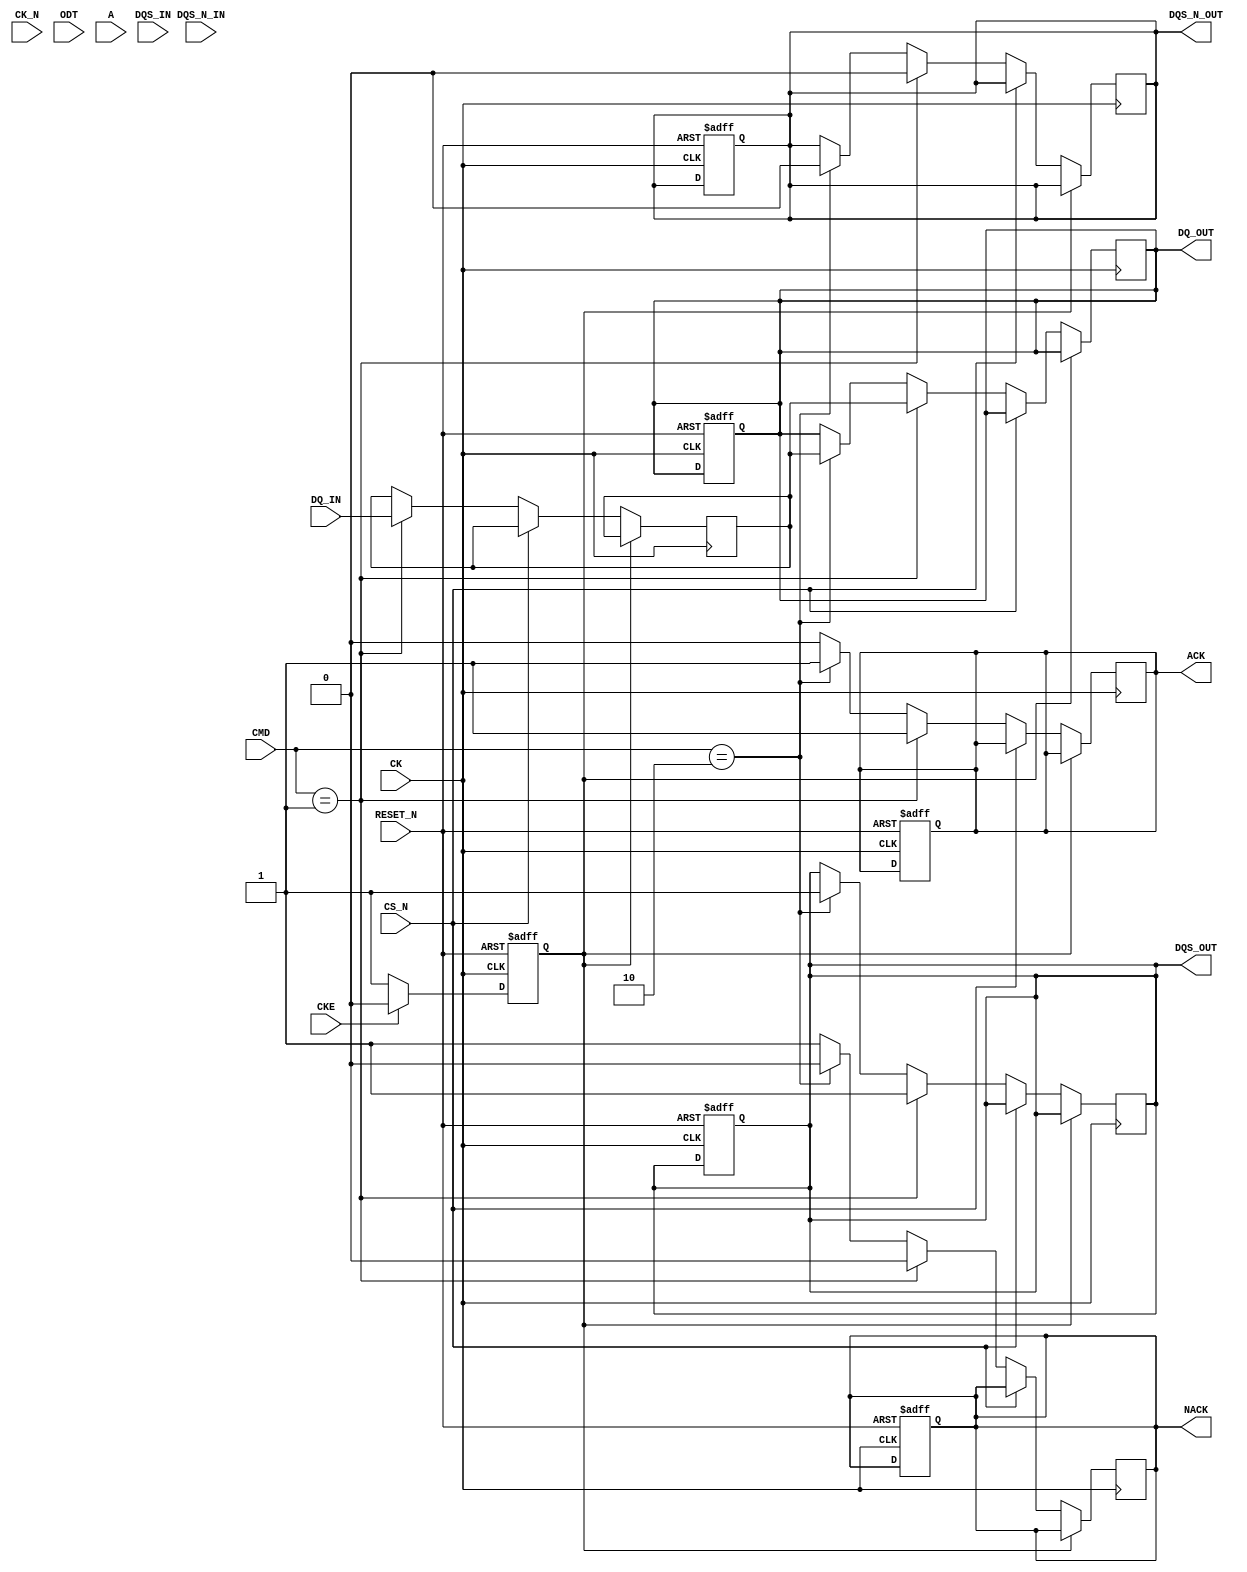
module gddr_io_block #(
    parameter DATA_WIDTH = 32, // Configurable data bus width (16, 32, 64)
    parameter ADDR_WIDTH = 16   // Address width
)(
    // Input Signals
    input wire CK,               // Clock
    input wire CK_N,             // Inverted Clock
    input wire CKE,              // Clock Enable
    input wire CS_N,             // Chip Select (active low)
    input wire ODT,              // On-Die Termination
    input wire [ADDR_WIDTH-1:0] A, // Address
    input wire [3:0] CMD,        // Command
    input wire [DATA_WIDTH-1:0] DQ_IN, // Data Input
    input wire DQS_IN,           // Data Strobe Input
    input wire DQS_N_IN,         // Inverted Data Strobe Input
    input wire RESET_N,          // Asynchronous Reset (active low)

    // Output Signals
    output reg [DATA_WIDTH-1:0] DQ_OUT, // Data Output
    output reg DQS_OUT,           // Data Strobe Output
    output reg DQS_N_OUT,         // Inverted Data Strobe Output
    output reg ACK,               // Acknowledgment signal
    output reg NACK               // Negative Acknowledgment signal
);

    // Internal Signals
    reg [DATA_WIDTH-1:0] data_buffer; // Buffer for data
    reg [ADDR_WIDTH-1:0] address;      // Address register
    reg [3:0] command;                 // Command register
    reg power_state;                   // Power state register

    // Power Management States
    localparam ACTIVE = 1'b0;
    localparam IDLE = 1'b1;

    // Asynchronous Reset Logic
    always @(posedge CK or negedge RESET_N) begin
        if (!RESET_N) begin
            DQ_OUT <= 0;
            DQS_OUT <= 0;
            DQS_N_OUT <= 0;
            ACK <= 0;
            NACK <= 0;
            power_state <= IDLE;
        end else begin
            // Power Management Logic
            if (CKE) begin
                power_state <= ACTIVE;
            end else begin
                power_state <= IDLE;
            end
        end
    end

    // Control Logic for Read/Write Operations
    always @(posedge CK) begin
        if (power_state == ACTIVE) begin
            if (!CS_N) begin // If chip is selected
                command <= CMD;
                address <= A;

                // Write Operation
                if (CMD == 4'b0001) begin // Example command for write
                    data_buffer <= DQ_IN;
                    DQ_OUT <= data_buffer;
                    DQS_OUT <= 1'b1; // Assert DQS for write
                    DQS_N_OUT <= 1'b0; // Assert DQS# for write
                    ACK <= 1'b1; // Acknowledge write
                    NACK <= 1'b0;
                end
                // Read Operation
                else if (CMD == 4'b0010) begin // Example command for read
                    DQ_OUT <= data_buffer; // Output buffered data
                    DQS_OUT <= 1'b1; // Assert DQS for read
                    DQS_N_OUT <= 1'b0; // Assert DQS# for read
                    ACK <= 1'b1; // Acknowledge read
                    NACK <= 1'b0;
                end
                else begin
                    ACK <= 1'b0; // No valid command
                    NACK <= 1'b1;
                end
            end
        end
    end

endmodule